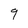
Character: g